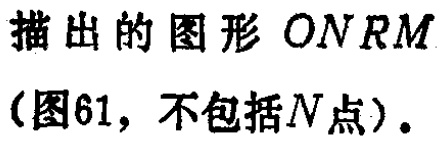
描出的图形 \(ONRM\)（图61，不包括\(N\)点）.